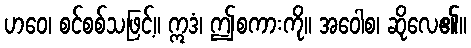
ဟဝေ၊ စင်စစ်သဖြင့်။ ဣဒံ၊ ဤစကားကို။ အဝေါစ၊ ဆိုလေ၏။